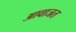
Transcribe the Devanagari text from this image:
आवाजत